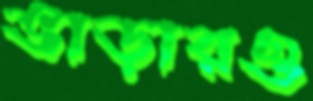
ভাড়ারও